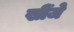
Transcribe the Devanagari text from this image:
खींजे